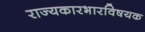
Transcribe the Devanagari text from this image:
राज्यकारभारविषयक